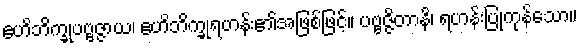
ဧဟိဘိက္ခုပဗ္ဗဇ္ဇာယ၊ ဧဟိဘိက္ခုရဟန်း၏အဖြစ်ဖြင့်။ ပဗ္ဗဇ္ဇိတာနိ၊ ရဟန်းပြုကုန်သော။